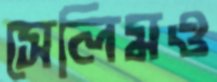
সেলিমও